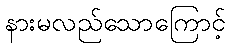
နားမလည်သောကြောင့်